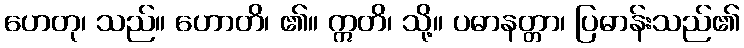
ဟေတု၊ သည်။ ဟောတိ၊ ၏။ ဣတိ၊ သို့။ ပဓာနတ္တာ၊ ပြဓာန်းသည်၏